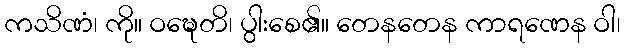
ကသိဏံ၊ ကို။ ဝဍ္ဎေတိ၊ ပွါးစေ၏။ တေနတေန ကာရဏေန ဝါ၊